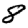
Digit: 8